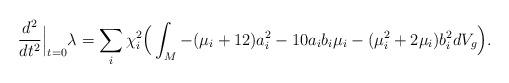
LaTeX: \begin{align*} \frac{d^2}{dt^2}\Big|_{t=0}\lambda=\sum_i \chi_i^2\Big(\int_M -(\mu_i+12)a_i^2-10a_ib_i\mu_i-(\mu_i^2+2\mu_i)b_i^2dV_g\Big).\end{align*}